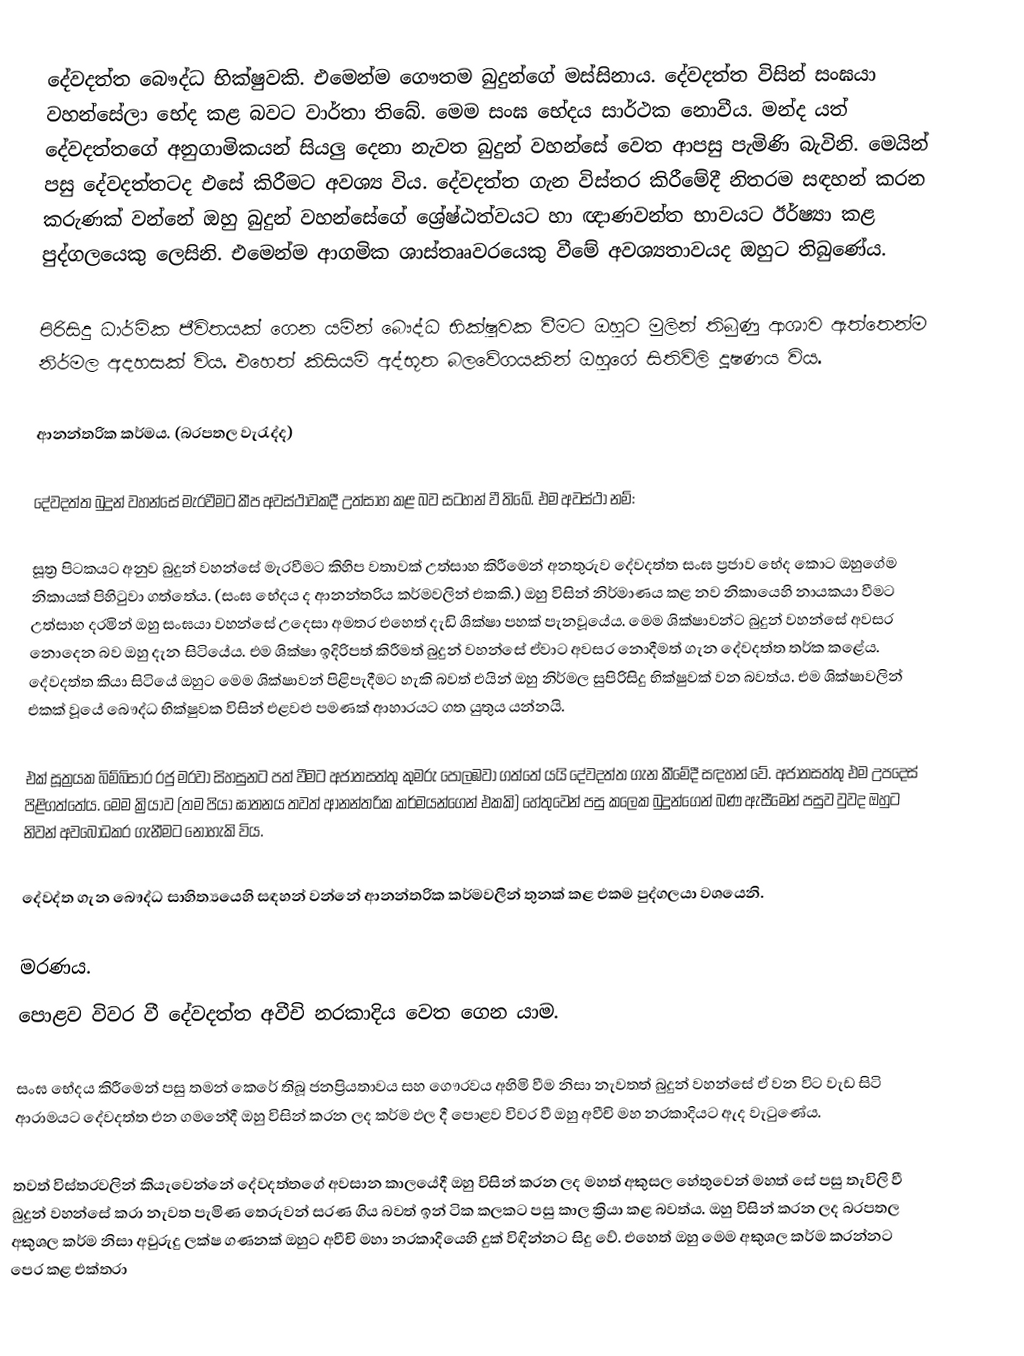
දේවදත්ත බෞද්ධ භික්ෂුවකි. එමෙන්ම ගෞතම බුදුන්ගේ මස්සිනාය. දේවදත්ත විසින් සංඝයා වහන්සේලා භේද කළ බවට වාර්තා තිබේ. මෙම සංඝ භේදය සාර්ථක නොවීය. මන්ද යත් දේවදත්තගේ අනුගාමිකයන් සියලු දෙනා නැවත බුදුන් වහන්සේ වෙත ආපසු පැමිණි බැවිනි.  මෙයින් පසු දේවදත්තටද එසේ කිරීමට අවශ්‍ය විය. දේවදත්ත ගැන විස්තර කිරීමේදී නිතරම සඳහන් කරන කරුණක් වන්නේ ඔහු බුදුන් වහන්සේගේ ශ්‍රේෂ්ඨත්වයට හා ඥාණවන්ත භාවයට ඊර්ෂ්‍යා කළ පුද්ගලයෙකු ලෙසිනි. එමෙන්ම ආගමික ශාස්තෲවරයෙකු වීමේ අවශ්‍යතාවයද ඔහුට තිබුණේය.

පිරිසිදු ධාර්මික ජීවිතයක් ගෙන යමින් බෞද්ධ භික්ෂුවක වීමට ඔහුට මුලින් තිබුණු ආශාව ඇත්තෙන්ම නිර්මල අදහසක් විය. එහෙත් කිසියම් අද්භූත බලවේගයකින් ඔහුගේ සිතිවිලි දූෂණය විය.

ආනන්තරික කර්මය. (බරපතල වැරැද්ද)

දේවදත්ත බුදුන් වහන්සේ මැරවීමට කීප අවස්ථාවකදී උත්සාහ කළ බව සටහන් වී තිබේ. එම අවස්ථා නම්:

සූත්‍ර පිටකයට අනුව බුදුන් වහන්සේ මැරවීමට කිහිප වතාවක් උත්සාහ කිරීමෙන් අනතුරුව දේවදත්ත සංඝ ප්‍රජාව භේද කොට ඔහුගේම නිකායක් පිහිටුවා ගත්තේය. (සංඝ භේදය ද ආනන්තරිය කර්මවලින් එකකි.) ඔහු විසින් නිර්මාණය කළ නව නිකායෙහි නායකයා වීමට උත්සාහ දරමින් ඔහු සංඝයා වහන්සේ උදෙසා අමතර එහෙත් දැඩි ශික්ෂා පහක් පැනවූයේය. මෙම ශික්ෂාවන්ට බුදුන් වහන්සේ අවසර නොදෙන බව ඔහු දැන සිටියේය. එම ශික්ෂා ඉදිරිපත් කිරීමත් බුදුන් වහන්සේ ඒවාට අවසර නොදීමත් ගැන දේවදත්ත තර්ක කළේය. දේවදත්ත කියා සිටියේ ඔහුට මෙම ශික්ෂාවන් පිළිපැදීමට හැකි බවත් එයින් ඔහු නිර්මල සුපිරිසිදු භික්ෂුවක් වන බවත්ය. එම ශික්ෂාවලින් එකක් වූයේ බෞද්ධ භික්ෂුවක විසින් එළවළු පමණක් ආහාරයට ගත යුතුය යන්නයි.

එක් සූත්‍රයක බිම්බිසාර රජු මරවා සිහසුනට පත් වීමට අජාතසත්තු කුමරු පොලඹවා ගත්තේ යයි දේවදත්ත ගැන කීමේදී සඳහන් වේ. අජාතසත්තු එම උපදෙස් පිළිගත්තේය. මෙම ක්‍රියාව (තම පියා ඝාතනය තවත් ආනන්තරික කර්මයන්ගෙන් එකකි) හේතුවෙන් පසු කලෙක බුදුන්ගෙන් බණ ඇසීමෙන් පසුව වුවද ඔහුට නිවන් අවබෝධකර ගැනීමට නොහැකි විය.

දේවද්ත ගැන බෞද්ධ සාහිත්‍යයෙහි සඳහන් වන්නේ ආනන්තරික කර්මවලින් තුනක් කළ එකම පුද්ගලයා වශයෙනි.

මරණය.
පොළව විවර වී දේවදත්ත අවීචි නරකාදිය වෙත ගෙන යාම.

සංඝ භේදය කිරීමෙන් පසු තමන් කෙරේ තිබූ ජනප්‍රියතාවය සහ ගෞරවය අහිමි වීම නිසා නැවතත්  බුදුන් වහන්සේ ඒ වන විට වැඩ සිටි ආරාමයට දේවදත්ත එන ගමනේදී ඔහු විසින් කරන ලද කර්ම ඵල දී පොළව විවර වී ඔහු අවීචි මහ නරකාදියට ඇද වැටුණේය.

තවත් විස්තරවලින් කියැවෙන්නේ දේවදත්තගේ අවසාන කාලයේදී ඔහු විසින් කරන ලද මහත් අකුසල හේතුවෙන් මහත් සේ පසු තැවිලි වී බුදුන් වහන්සේ කරා නැවත පැමිණ තෙරුවන් සරණ ගිය බවත් ඉන් ටික කලකට පසු කාල ක්‍රියා කළ බවත්ය. ඔහු විසින්  කරන ලද බරපතල අකුශල කර්ම නිසා අවුරුදු ලක්ෂ ගණනක් ඔහුට අවීචි මහා නරකාදියෙහි දුක් විඳින්නට සිදු වේ. එහෙත් ඔහු මෙම අකුශල කර්ම කරන්නට ‍පෙර කළ එක්තරා